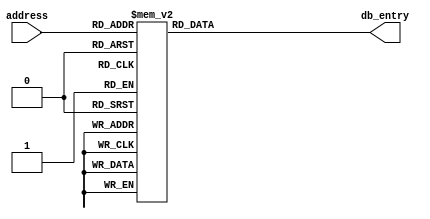
/*
    Verilog database LUT for playing a RTTL ringtone on a Piezo Speaker

    Copyright 2022 Milosch Meriac <milosch@meriac.com>
    Location: https://github.com/meriac/tt02-play-tune/

    Redistribution and use in source and binary forms, with or without
    modification, are permitted provided that the following conditions
    are met:

    1. Redistributions of source code must retain the above copyright
       notice, this list of conditions and the following disclaimer.

    2. Redistributions in binary form must reproduce the above copyright
       notice, this list of conditions and the following disclaimer in the
       documentation and/or other materials provided with the distribution.

    3. Neither the name of the copyright holder nor the names of its
       contributors may be used to endorse or promote products derived
       from this software without specific prior written permission.

    THIS SOFTWARE IS PROVIDED BY THE COPYRIGHT HOLDERS AND CONTRIBUTORS
    "AS IS" AND ANY EXPRESS OR IMPLIED WARRANTIES, INCLUDING, BUT NOT
    LIMITED TO, THE IMPLIED WARRANTIES OF MERCHANTABILITY AND FITNESS FOR
    A PARTICULAR PURPOSE ARE DISCLAIMED. IN NO EVENT SHALL THE COPYRIGHT
    HOLDER OR CONTRIBUTORS BE LIABLE FOR ANY DIRECT, INDIRECT, INCIDENTAL,
    SPECIAL, EXEMPLARY, OR CONSEQUENTIAL DAMAGES (INCLUDING, BUT NOT
    LIMITED TO, PROCUREMENT OF SUBSTITUTE GOODS OR SERVICES; LOSS OF USE,
    DATA, OR PROFITS; OR BUSINESS INTERRUPTION) HOWEVER CAUSED AND ON ANY
    THEORY OF LIABILITY, WHETHER IN CONTRACT, STRICT LIABILITY, OR TORT
    (INCLUDING NEGLIGENCE OR OTHERWISE) ARISING IN ANY WAY OUT OF THE USE
    OF THIS SOFTWARE, EVEN IF ADVISED OF THE POSSIBILITY OF SUCH DAMAGE.

*/

module meriac_tune_db (
    input wire [6:0] address,
    output reg [10:0] db_entry
);
    always @(*) begin
        case(address)
                // Song: Super Mario
                // One timer-tick equals 50ms
                // Per-note clock dividers assume 3125Hz clock
                // Bottom-nibble is tick-count per note, upper nibbles are the per-note clock dividers
                 0: db_entry = 11'h253; // e6  (82.41Hz , 150ms,  3 ticks,  37 fdiv)
                 1: db_entry = 11'h253; // e6  (82.41Hz , 150ms,  3 ticks,  37 fdiv)
                 2: db_entry = 11'h002; // p5  (pause   , 100ms,  2 ticks,   0 fdiv)
                 3: db_entry = 11'h256; // e6  (82.41Hz , 300ms,  6 ticks,  37 fdiv)
                 4: db_entry = 11'h2f3; // c6  (65.41Hz , 150ms,  3 ticks,  47 fdiv)
                 5: db_entry = 11'h256; // e6  (82.41Hz , 300ms,  6 ticks,  37 fdiv)
                 6: db_entry = 11'h1f6; // g6  (98.0Hz  , 300ms,  6 ticks,  31 fdiv)
                 7: db_entry = 11'h006; // p5  (pause   , 300ms,  6 ticks,   0 fdiv)
                 8: db_entry = 11'h3f6; // g5  (49.0Hz  , 300ms,  6 ticks,  63 fdiv)
                 9: db_entry = 11'h006; // p5  (pause   , 300ms,  6 ticks,   0 fdiv)
                10: db_entry = 11'h2f6; // c6  (65.41Hz , 300ms,  6 ticks,  47 fdiv)
                11: db_entry = 11'h003; // p5  (pause   , 150ms,  3 ticks,   0 fdiv)
                12: db_entry = 11'h3f6; // g5  (49.0Hz  , 300ms,  6 ticks,  63 fdiv)
                13: db_entry = 11'h003; // p5  (pause   , 150ms,  3 ticks,   0 fdiv)
                14: db_entry = 11'h4b6; // e5  (41.2Hz  , 300ms,  6 ticks,  75 fdiv)
                15: db_entry = 11'h003; // p5  (pause   , 150ms,  3 ticks,   0 fdiv)
                16: db_entry = 11'h386; // a5  (55.0Hz  , 300ms,  6 ticks,  56 fdiv)
                17: db_entry = 11'h326; // b5  (61.74Hz , 300ms,  6 ticks,  50 fdiv)
                18: db_entry = 11'h353; // a#5 (58.27Hz , 150ms,  3 ticks,  53 fdiv)
                19: db_entry = 11'h386; // a5  (55.0Hz  , 300ms,  6 ticks,  56 fdiv)
                20: db_entry = 11'h3f4; // g5. (49.0Hz  , 200ms,  4 ticks,  63 fdiv)
                21: db_entry = 11'h253; // e6  (82.41Hz , 150ms,  3 ticks,  37 fdiv)
                22: db_entry = 11'h1f3; // g6  (98.0Hz  , 150ms,  3 ticks,  31 fdiv)
                23: db_entry = 11'h1c6; // a6  (110.0Hz , 300ms,  6 ticks,  28 fdiv)
                24: db_entry = 11'h233; // f6  (87.31Hz , 150ms,  3 ticks,  35 fdiv)
                25: db_entry = 11'h1f6; // g6  (98.0Hz  , 300ms,  6 ticks,  31 fdiv)
                26: db_entry = 11'h256; // e6  (82.41Hz , 300ms,  6 ticks,  37 fdiv)
                27: db_entry = 11'h2f3; // c6  (65.41Hz , 150ms,  3 ticks,  47 fdiv)
                28: db_entry = 11'h2a3; // d6  (73.42Hz , 150ms,  3 ticks,  42 fdiv)
                29: db_entry = 11'h326; // b5  (61.74Hz , 300ms,  6 ticks,  50 fdiv)
                30: db_entry = 11'h003; // p5  (pause   , 150ms,  3 ticks,   0 fdiv)
                31: db_entry = 11'h2f6; // c6  (65.41Hz , 300ms,  6 ticks,  47 fdiv)
                32: db_entry = 11'h003; // p5  (pause   , 150ms,  3 ticks,   0 fdiv)
                33: db_entry = 11'h3f6; // g5  (49.0Hz  , 300ms,  6 ticks,  63 fdiv)
                34: db_entry = 11'h003; // p5  (pause   , 150ms,  3 ticks,   0 fdiv)
                35: db_entry = 11'h4b6; // e5  (41.2Hz  , 300ms,  6 ticks,  75 fdiv)
                36: db_entry = 11'h003; // p5  (pause   , 150ms,  3 ticks,   0 fdiv)
                37: db_entry = 11'h386; // a5  (55.0Hz  , 300ms,  6 ticks,  56 fdiv)
                38: db_entry = 11'h326; // b5  (61.74Hz , 300ms,  6 ticks,  50 fdiv)
                39: db_entry = 11'h353; // a#5 (58.27Hz , 150ms,  3 ticks,  53 fdiv)
                40: db_entry = 11'h386; // a5  (55.0Hz  , 300ms,  6 ticks,  56 fdiv)
                41: db_entry = 11'h3f4; // g5. (49.0Hz  , 200ms,  4 ticks,  63 fdiv)
                42: db_entry = 11'h253; // e6  (82.41Hz , 150ms,  3 ticks,  37 fdiv)
                43: db_entry = 11'h1f3; // g6  (98.0Hz  , 150ms,  3 ticks,  31 fdiv)
                44: db_entry = 11'h1c6; // a6  (110.0Hz , 300ms,  6 ticks,  28 fdiv)
                45: db_entry = 11'h233; // f6  (87.31Hz , 150ms,  3 ticks,  35 fdiv)
                46: db_entry = 11'h1f6; // g6  (98.0Hz  , 300ms,  6 ticks,  31 fdiv)
                47: db_entry = 11'h256; // e6  (82.41Hz , 300ms,  6 ticks,  37 fdiv)
                48: db_entry = 11'h2f3; // c6  (65.41Hz , 150ms,  3 ticks,  47 fdiv)
                49: db_entry = 11'h2a3; // d6  (73.42Hz , 150ms,  3 ticks,  42 fdiv)
                50: db_entry = 11'h326; // b5  (61.74Hz , 300ms,  6 ticks,  50 fdiv)
                51: db_entry = 11'h006; // p5  (pause   , 300ms,  6 ticks,   0 fdiv)
                52: db_entry = 11'h1f3; // g6  (98.0Hz  , 150ms,  3 ticks,  31 fdiv)
                53: db_entry = 11'h213; // f#6 (92.5Hz  , 150ms,  3 ticks,  33 fdiv)
                54: db_entry = 11'h233; // f6  (87.31Hz , 150ms,  3 ticks,  35 fdiv)
                55: db_entry = 11'h283; // d#6 (77.78Hz , 150ms,  3 ticks,  40 fdiv)
                56: db_entry = 11'h003; // p5  (pause   , 150ms,  3 ticks,   0 fdiv)
                57: db_entry = 11'h253; // e6  (82.41Hz , 150ms,  3 ticks,  37 fdiv)
                58: db_entry = 11'h003; // p5  (pause   , 150ms,  3 ticks,   0 fdiv)
                59: db_entry = 11'h3c3; // g#5 (51.91Hz , 150ms,  3 ticks,  60 fdiv)
                60: db_entry = 11'h383; // a5  (55.0Hz  , 150ms,  3 ticks,  56 fdiv)
                61: db_entry = 11'h2f3; // c6  (65.41Hz , 150ms,  3 ticks,  47 fdiv)
                62: db_entry = 11'h003; // p5  (pause   , 150ms,  3 ticks,   0 fdiv)
                63: db_entry = 11'h383; // a5  (55.0Hz  , 150ms,  3 ticks,  56 fdiv)
                64: db_entry = 11'h2f3; // c6  (65.41Hz , 150ms,  3 ticks,  47 fdiv)
                65: db_entry = 11'h2a3; // d6  (73.42Hz , 150ms,  3 ticks,  42 fdiv)
                66: db_entry = 11'h006; // p5  (pause   , 300ms,  6 ticks,   0 fdiv)
                67: db_entry = 11'h1f3; // g6  (98.0Hz  , 150ms,  3 ticks,  31 fdiv)
                68: db_entry = 11'h213; // f#6 (92.5Hz  , 150ms,  3 ticks,  33 fdiv)
                69: db_entry = 11'h233; // f6  (87.31Hz , 150ms,  3 ticks,  35 fdiv)
                70: db_entry = 11'h283; // d#6 (77.78Hz , 150ms,  3 ticks,  40 fdiv)
                71: db_entry = 11'h003; // p5  (pause   , 150ms,  3 ticks,   0 fdiv)
                72: db_entry = 11'h253; // e6  (82.41Hz , 150ms,  3 ticks,  37 fdiv)
                73: db_entry = 11'h003; // p5  (pause   , 150ms,  3 ticks,   0 fdiv)
                74: db_entry = 11'h173; // c7  (130.81Hz, 150ms,  3 ticks,  23 fdiv)
                75: db_entry = 11'h003; // p5  (pause   , 150ms,  3 ticks,   0 fdiv)
                76: db_entry = 11'h173; // c7  (130.81Hz, 150ms,  3 ticks,  23 fdiv)
                77: db_entry = 11'h173; // c7  (130.81Hz, 150ms,  3 ticks,  23 fdiv)
                78: db_entry = 11'h00c; // p5  (pause   , 600ms, 12 ticks,   0 fdiv)
                79: db_entry = 11'h1f3; // g6  (98.0Hz  , 150ms,  3 ticks,  31 fdiv)
                80: db_entry = 11'h213; // f#6 (92.5Hz  , 150ms,  3 ticks,  33 fdiv)
                81: db_entry = 11'h233; // f6  (87.31Hz , 150ms,  3 ticks,  35 fdiv)
                82: db_entry = 11'h283; // d#6 (77.78Hz , 150ms,  3 ticks,  40 fdiv)
                83: db_entry = 11'h003; // p5  (pause   , 150ms,  3 ticks,   0 fdiv)
                84: db_entry = 11'h253; // e6  (82.41Hz , 150ms,  3 ticks,  37 fdiv)
                85: db_entry = 11'h003; // p5  (pause   , 150ms,  3 ticks,   0 fdiv)
                86: db_entry = 11'h3c3; // g#5 (51.91Hz , 150ms,  3 ticks,  60 fdiv)
                87: db_entry = 11'h383; // a5  (55.0Hz  , 150ms,  3 ticks,  56 fdiv)
                88: db_entry = 11'h2f3; // c6  (65.41Hz , 150ms,  3 ticks,  47 fdiv)
                89: db_entry = 11'h003; // p5  (pause   , 150ms,  3 ticks,   0 fdiv)
                90: db_entry = 11'h383; // a5  (55.0Hz  , 150ms,  3 ticks,  56 fdiv)
                91: db_entry = 11'h2f3; // c6  (65.41Hz , 150ms,  3 ticks,  47 fdiv)
                92: db_entry = 11'h2a3; // d6  (73.42Hz , 150ms,  3 ticks,  42 fdiv)
                93: db_entry = 11'h006; // p5  (pause   , 300ms,  6 ticks,   0 fdiv)
                94: db_entry = 11'h283; // d#6 (77.78Hz , 150ms,  3 ticks,  40 fdiv)
                95: db_entry = 11'h006; // p5  (pause   , 300ms,  6 ticks,   0 fdiv)
                96: db_entry = 11'h2a3; // d6  (73.42Hz , 150ms,  3 ticks,  42 fdiv)
                97: db_entry = 11'h006; // p5  (pause   , 300ms,  6 ticks,   0 fdiv)
                98: db_entry = 11'h2f3; // c6  (65.41Hz , 150ms,  3 ticks,  47 fdiv)
                99: db_entry = 11'h00c; // p5  (pause   , 600ms, 12 ticks,   0 fdiv)
            default:    
                db_entry = 11'h000;
        endcase

    end

endmodule